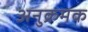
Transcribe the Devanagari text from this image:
अनुक्रमक